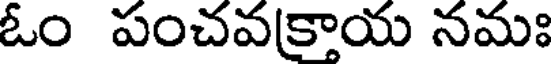
ఓం పంచవక్రాయ నమః